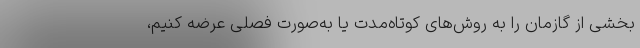
بخشی از گازمان را به روش‌های کوتاه‌مدت یا به‌صورت فصلی عرضه کنیم،